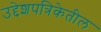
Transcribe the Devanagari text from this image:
उद्देशपत्रिकेतील